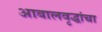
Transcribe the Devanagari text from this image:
आबालवृद्धांचा